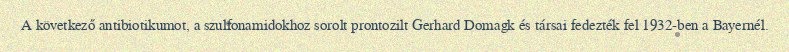
A következő antibiotikumot, a szulfonamidokhoz sorolt prontozilt Gerhard Domagk és társai fedezték fel 1932-ben a Bayernél.